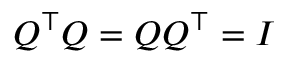
Q ^ { \top } Q = Q Q ^ { \top } = I